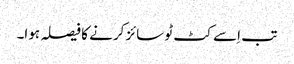
تب اِسے کٹ ٹو سائز کرنے کا فیصلہ ہوا۔